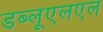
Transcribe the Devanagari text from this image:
डब्लूएलएल